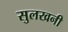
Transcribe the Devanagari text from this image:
सुलखनी